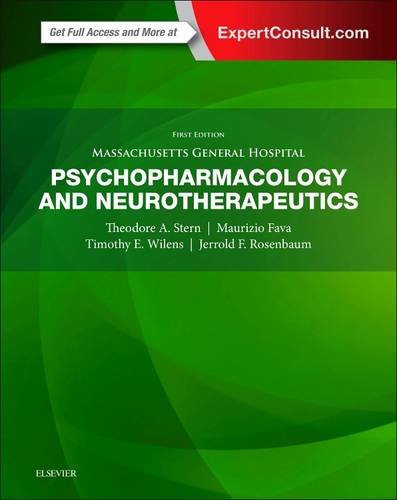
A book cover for Massachusetts General Hospital Psychopharmacology and Neurotherapeutics, 1e; Theodore A. Stern MD; Medical Books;